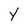
Character: Y